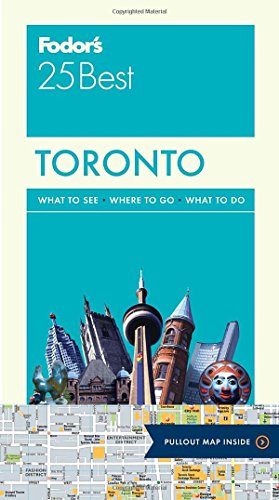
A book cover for Fodor's Toronto 25 Best (Full-color Travel Guide); Fodor's; Travel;